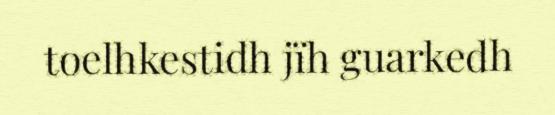
toelhkestidh jïh guarkedh